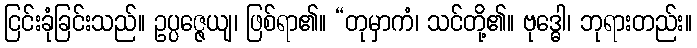
ငြင်းခုံခြင်းသည်။ ဥပ္ပဇ္ဇေယျ၊ ဖြစ်ရာ၏။ “တုမှာကံ၊ သင်တို့၏။ ဗုဒ္ဓေါ၊ ဘုရားတည်း။